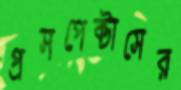
প্রসপেক্টাসের